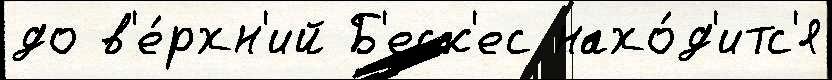
до в'е́рхн'ий Б'еск'ес нахо́д'итс'я